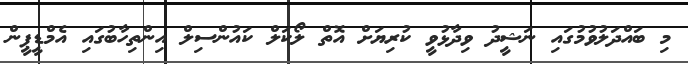
މި ބައްދަލުވުމުގައި ނަޝީދު ވިދާޅުވީ ކުރިޔަށް އޮތް ލޯކަލް ކައުންސިލް އިންތިހާބުގައި އެމްޑީޕީން